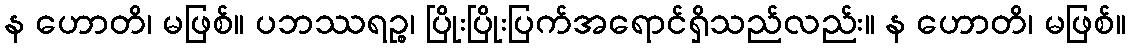
န ဟောတိ၊ မဖြစ်။ ပဘဿရဉ္စ၊ ပြိုးပြိုးပြက်အရောင်ရှိသည်လည်း။ န ဟောတိ၊ မဖြစ်။